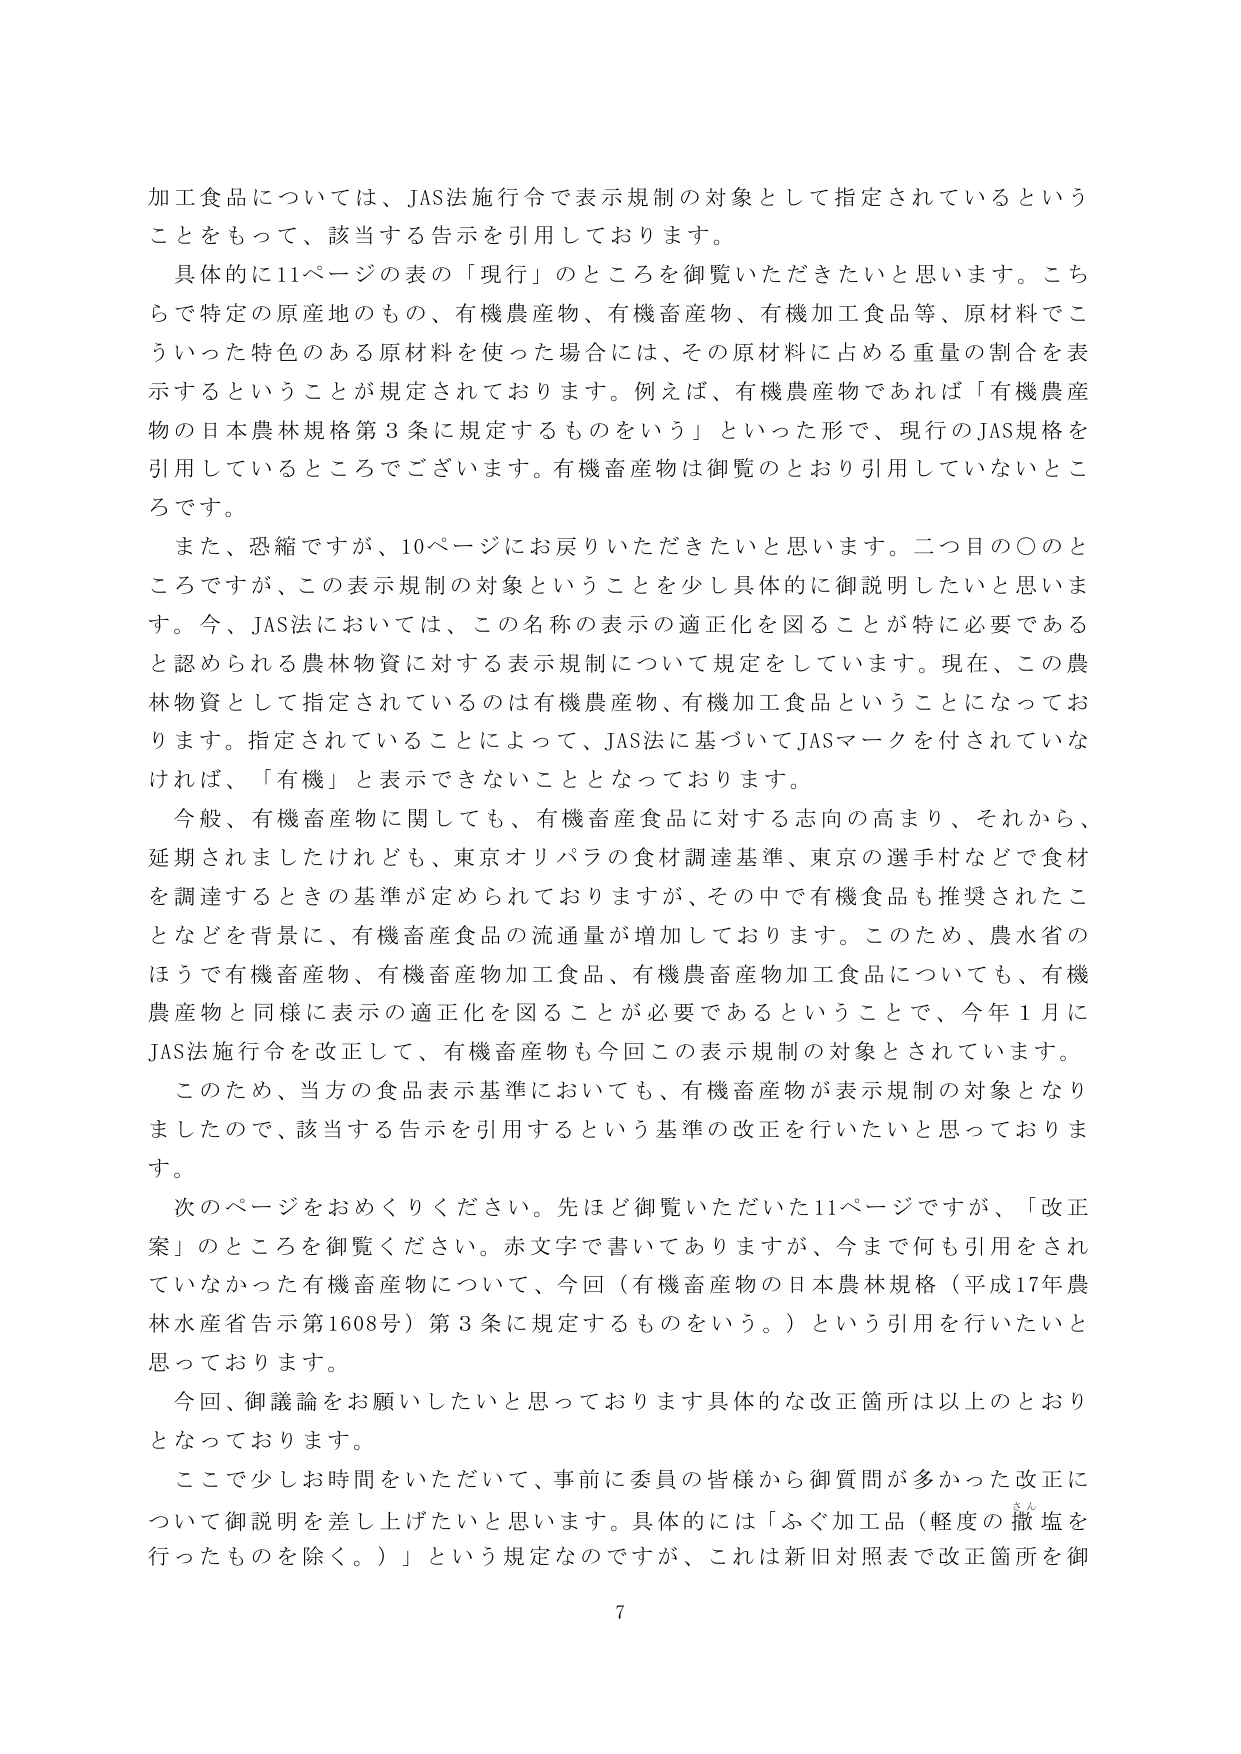
加工食品については、JAS法施行令で表示規制の対象として指定されているということをもって、該当する告示を引用しております。

具体的に11ページの表の「現行」のところを御覧いただきたいと思います。こちらで特定の原産地のもの、有機農産物、有機畜産物、有機加工食品等、原材料でこういった特色のある原材料を使った場合には、その原材料に占める重量の割合を表示するということが規定されております。例えば、有機農産物であれば「有機農産物の日本農林規格第3条に規定するものをいう」といった形で、現行のJAS規格を引用しているところでございます。有機畜産物は御覧のとおり引用していないところです。

また、恐縮ですが、10ページにお戻りいただきたいと思います。二つ目の〇のところですが、この表示規制の対象ということを少し具体的に御説明したいと思います。今、JAS法においては、この名称の表示の適正化を図ることが特に必要であると認められる農林物資に対する表示規制について規定をしています。現在、この農林物資として指定されているのは有機農産物、有機加工食品ということになっております。指定されていることによって、JAS法に基づいてJASマークを付されていなければ、「有機」と表示できないこととなっております。

今般、有機畜産物に関しても、有機畜産食品に対する志向の高まり、それから、延期されましたが、東京オリパラの食材調達基準、東京の選手村などで食材を調達するときの基準が定められておりますが、その中有機食品も推奨されたことなどを背景に、有機畜産食品の流通量が増加しております。このため、農水省のほうで有機畜産物、有機畜産物加工食品、有機農畜産物加工食品についても、有機農産物と同様に表示の適正化を図ることが必要であるということで、今年1月にJAS法施行令を改正して、有機畜産物も今回この表示規制の対象とされています。

このため、当方の食品表示基準においても、有機畜産物が表示規制の対象となりましたので、該当する告示を引用するという基準の改正を行いたいと思っております。

次のページをおめくりください。先ほど御覧いただいた11ページですが、「改正案」のところを御覧ください。赤文字で書いてありますが、今まで何も引用されていなかった有機畜産物について、今回（有機畜産物の日本農林規格（平成17年農林水産省告示第1608号）第3条に規定するものをいう。）という引用を行いたいと思っております。

今回、御議論をお願いしたいと思っております具体的な改正箇所は以上のとおりとなっております。

ここで少しお時間をいただいて、事前に委員の皆様から御質問が多かった改正について御説明を差し上げたいと思います。具体的には「ふぐ加工品（軽度の撒塩を行ったものを除く。）」という規定なのですが、これは新旧対照表で改正箇所を御

7